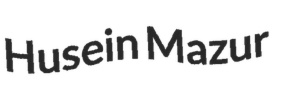
Husein Mazur